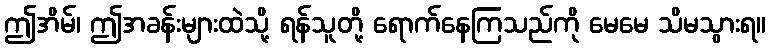
ဤအိမ်၊ ဤအခန်းများထဲသို့ ရန်သူတို့ ရောက်နေကြသည်ကို မေမေ သိမသွားရ။